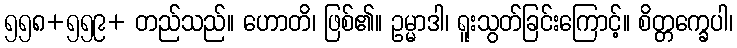
၅၅၈+၅၅၉+ တည်သည်။ ဟောတိ၊ ဖြစ်၏။ ဥမ္မာဒါ၊ ရူးသွတ်ခြင်းကြောင့်။ စိတ္တက္ခေပါ၊